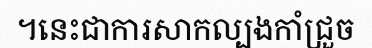
។នេះជាការសាកល្បងកាំជ្រួច